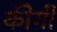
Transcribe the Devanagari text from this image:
कीगी